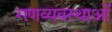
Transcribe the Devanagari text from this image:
गणव्यवस्थाओं